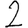
Digit: 2